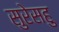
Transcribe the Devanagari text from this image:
सुरेसहु